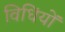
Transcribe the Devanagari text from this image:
विधिंयों